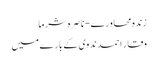
زندہ محاورے-ناصرہ شرما
وقار احمد ندوی کے بارے میں